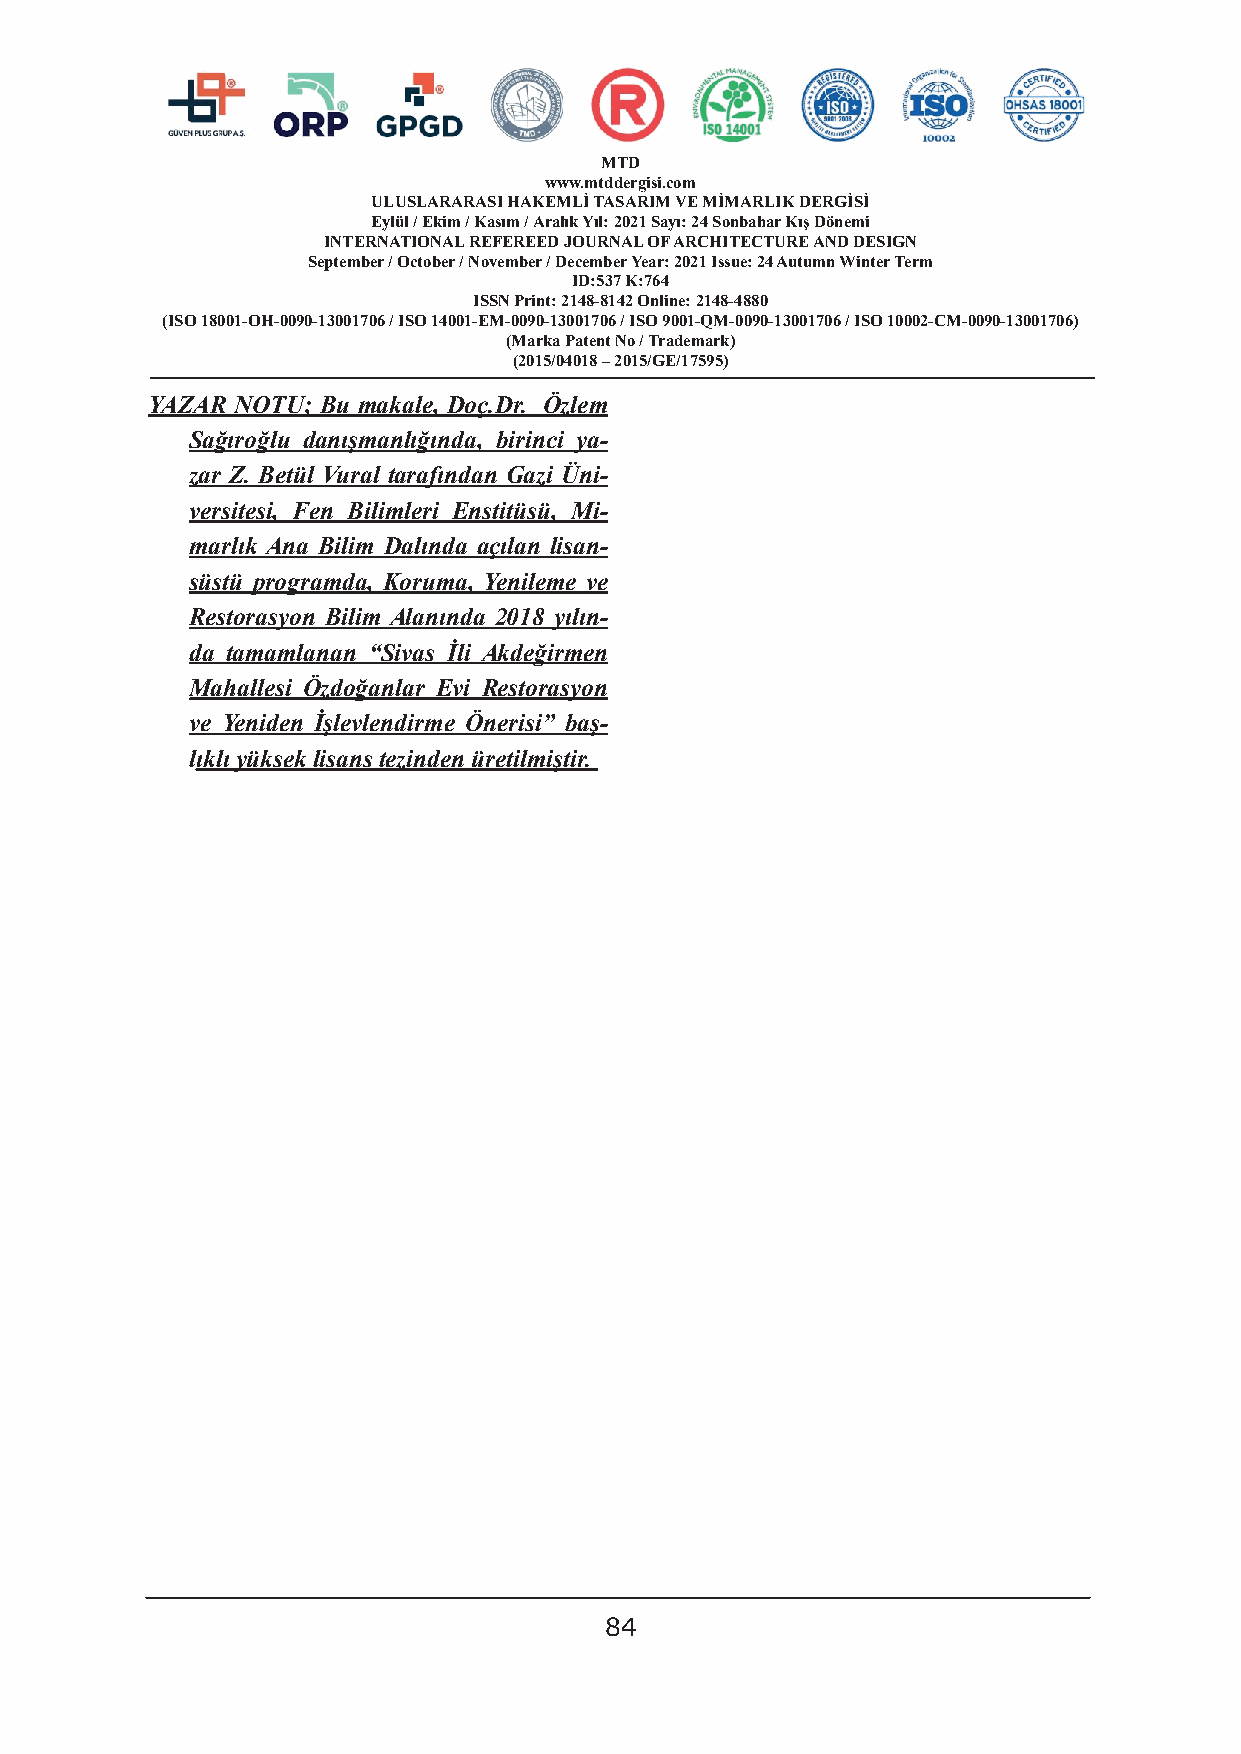
MTD
 www.mtddergisi.com
 ULUSLARARASI HAKEMLİ TASARIM VE MİMARLIK DERGİSİ
 Eylül / Ekim / Kasım / Aralık Yıl: 2021 Sayı: 24 Sonbahar Kış Dönemi
 INTERNATIONAL REFEREED JOURNAL OF ARCHITECTURE AND DESIGN
 September / October / November / December Year: 2021 Issue: 24 Autumn Winter Term
 ID:537 K:764
 ISSN Print: 2148-8142 Online: 2148-4880
 (ISO 18001-OH-0090-13001706 / ISO 14001-EM-0090-13001706 / ISO 9001-QM-0090-13001706 / ISO 10002-CM-0090-13001706)
 (Marka Patent No / Trademark)
 (2015/04018 – 2015/GE/17595)
 YAZAR NOTU; Bu makale, Doç.Dr. Özlem
 Sağıroğlu danışmanlığında, birinci ya-
 zar Z. Betül Vural tarafından Gazi Üni-
 versitesi, Fen Bilimleri Enstitüsü, Mi-
 marlık Ana Bilim Dalında açılan lisan-
 süstü programda, Koruma, Yenileme ve
 Restorasyon Bilim Alanında 2018 yılın-
 da tamamlanan “Sivas İli Akdeğirmen
 Mahallesi Özdoğanlar Evi Restorasyon
 ve Yeniden İşlevlendirme Önerisi” baş-
 lıklı yüksek lisans tezinden üretilmiştir.
 84